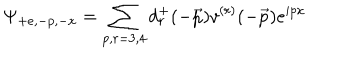
LaTeX: \Psi _ { + e , - p , - x } = \sum _ { p , r = 3 , 4 } d _ { r } ^ { + } ( - \vec { p } ) v ^ { ( r ) } ( - \vec { p } ) e ^ { i p x }